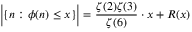
{ \Big \vert } \{ n : \phi ( n ) \leq x \} { \Big \vert } = { \frac { \zeta ( 2 ) \zeta ( 3 ) } { \zeta ( 6 ) } } \cdot x + R ( x )